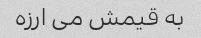
به قیمش می ارزه